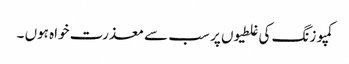
کمپوزنگ کی غلطیوں پر سب سے معذرت خواہ ہوں ۔